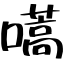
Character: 嚆